Indian journal of veterinary science and animal husbandry - Volume 1,
Year: 1931
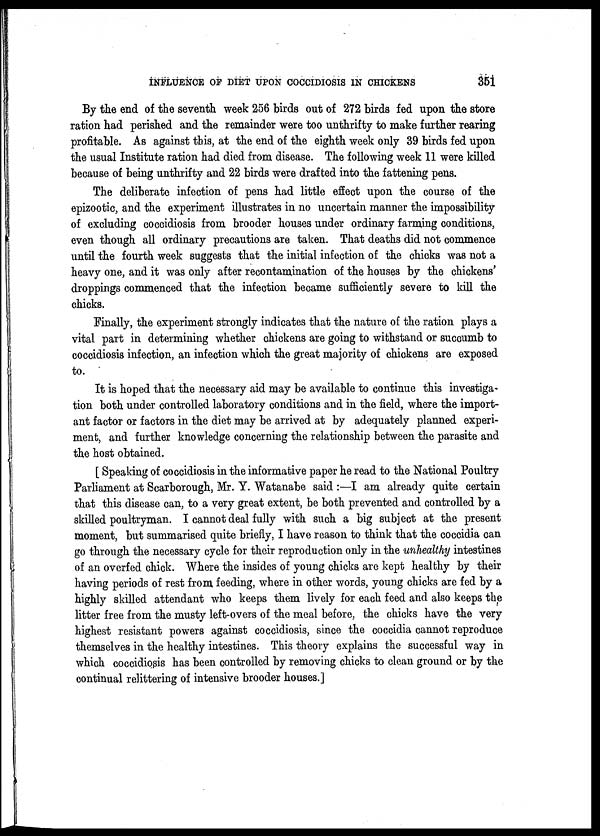
INFLUENCE OF DIET UPON COCCIDIOSIS IN CHICKENS
351
By the end of the seventh week 256 birds out of 272 birds fed upon the store
ration had perished and the remainder were too unthrifty to make further rearing
profitable. As against this, at the end of the eighth week only 39 birds fed upon
the usual Institute ration had died from disease. The following week 11 were killed
because of being unthrifty and 22 birds were drafted into the fattening pens.
The deliberate infection of pens had little effect upon the course of the
epizootic, and the experiment illustrates in no uncertain manner the impossibility
of excluding coccidiosis from brooder houses under ordinary farming conditions,
even though all ordinary precautions are taken. That deaths did not commence
until the fourth week suggests that the initial infection of the chicks was not a
heavy one, and it was only after recontamination of the houses by the chickens'
droppings commenced that the infection became sufficiently severe to kill the
chicks.
Finally, the experiment strongly indicates that the nature of the ration plays a
vital part in determining whether chickens are going to withstand or succumb to
coccidiosis infection, an infection which the great majority of chickens are exposed
to.
It is hoped that the necessary aid may be available to continue this investiga-
tion both under controlled laboratory conditions and in the field, where the import-
ant factor or factors in the diet may be arrived at by adequately planned experi-
ment, and further knowledge concerning the relationship between the parasite and
the host obtained.
[ Speaking of coccidiosis in the informative paper he read to the National Poultry
Parliament at Scarborough, Mr. Y. Watanabe said :—I am already quite certain
that this disease can, to a very great extent, be both prevented and controlled by a
skilled poultryman. I cannot deal fully with such a big subject at the present
moment, but summarised quite briefly, I have reason to think that the coccidia can
go through the necessary cycle for their reproduction only in the unhealthy intestines
of an overfed chick. Where the insides of young chicks are kept healthy by their
having periods of rest from feeding, where in other words, young chicks are fed by a
highly skilled attendant who keeps them lively for each feed and also keeps the
litter free from the musty left-overs of the meal before, the chicks have the very
highest resistant powers against coccidiosis, since the coccidia cannot reproduce
themselves in the healthy intestines. This theory explains the successful way in
which coccidiosis has been controlled by removing chicks to clean ground or by the
continual relittering of intensive brooder houses.]